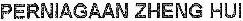
PERNIAGAAN ZHENG HUI